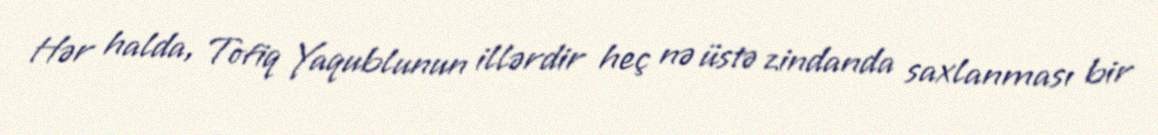
Hər halda, Tofiq Yaqublunun illərdir heç nə üstə zindanda saxlanması bir